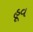
હૂવ